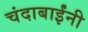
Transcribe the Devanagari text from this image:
चंदाबाईंनी